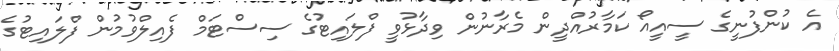
އެ ކުންފުނީގެ ސީއީއޯ ކަމާރުއްދީން މެރާނުން ވިދާޅުވީ ފްލައިޓުގެ ސިސްޓަމް ފެއިލްވުމުން ފްލައިޓުގެ